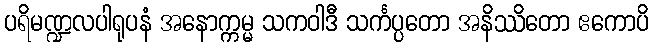
ပရိမဏ္ဍလပါရုပနံ အနောက္ကမ္မ သကဝါဒီ သင်္ကပ္ပတော အနိဿိတော ဧကောပိ